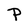
Character: P